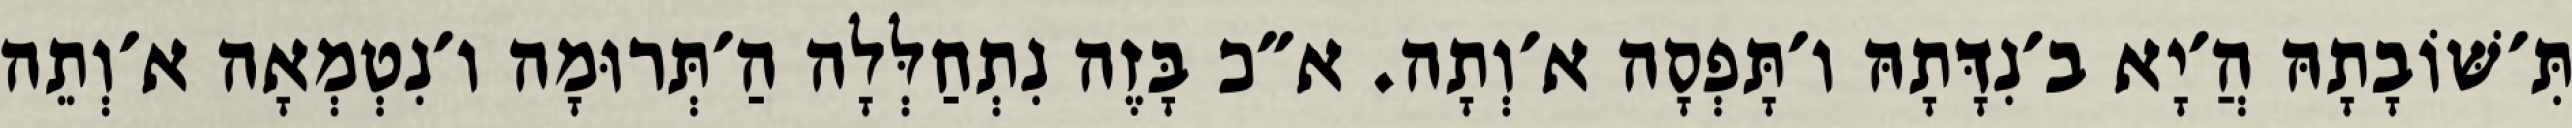
תִּ׳שּׁוֹבָתָהּ הֲ׳יָא ב׳נִדָּתָהּ ו׳תָּפְסָה א׳וְתָה. א״כ בָּזֶה נִתְחַלְּלָה הַ׳תְּרוּמָה ו׳נִטְמְאָה א׳וְתֵה